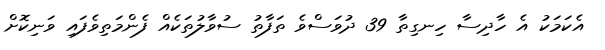
އެކަމަކު އެ ހާދިސާ ހިނގިތާ 39 ދުވަސްވެ ތަފާތު ސުވާލުތަކެއް ފެންމަތިވެފައި ވަނިކޮށް